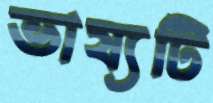
ভাষ্যটি